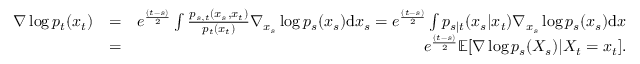
\begin{array} { r l r } { \nabla \log p _ { t } ( x _ { t } ) } & { = } & { e ^ { \frac { ( t - s ) } { 2 } } \int \frac { p _ { s , t } ( x _ { s } , x _ { t } ) } { p _ { t } ( x _ { t } ) } \nabla _ { x _ { s } } \log p _ { s } ( x _ { s } ) \mathrm { d } x _ { s } = e ^ { \frac { ( t - s ) } { 2 } } \int p _ { s | t } ( x _ { s } | x _ { t } ) \nabla _ { x _ { s } } \log p _ { s } ( x _ { s } ) \mathrm { d } x } \\ & { = } & { e ^ { \frac { ( t - s ) } { 2 } } \mathbb { E } [ \nabla \log p _ { s } ( X _ { s } ) | X _ { t } = x _ { t } ] . } \end{array}